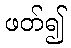
ဖတ်၍